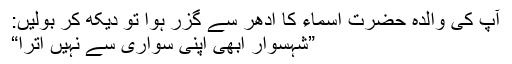
آپ کی والدہ حضرت اسماء کا ادھر سے گزر ہوا تو دیکھ کر بولیں:
”شہسوار ابھی اپنی سواری سے نہیں اترا“